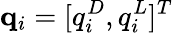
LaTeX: \mathbf{q}_{i}=[q_{i}^{D},q_{i}^{L}]^{T}